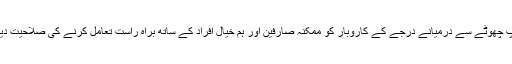
مفت ایپ چھوٹے سے درمیانے درجے کے کاروبار کو ممکنہ صارفین اور ہم خیال افراد کے ساتھ براہ راست تعامل کرنے کی صلاحیت دیتی ہے۔